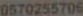
0570255706